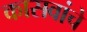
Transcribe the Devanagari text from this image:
कासवांचे